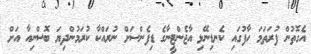
އެގޮތުން ފުރަތަމަ ހާފުގައި ކެނޑިނޭޅި އާޖެންޓީނާގެ ޑިފެންސަށް ނުރައްކާ ކުރަމުންދިޔަ ބޮސްނިއާ އަށް